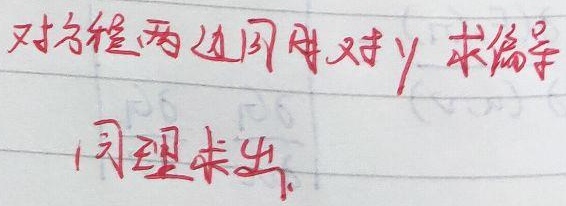
对方程两边同时对\(y\)求偏导，同理求出。